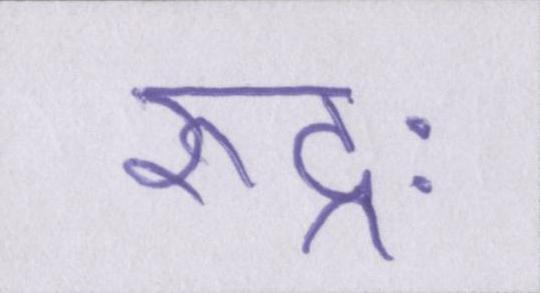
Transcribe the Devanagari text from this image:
रुद्रः